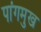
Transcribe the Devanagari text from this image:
पांगमुख